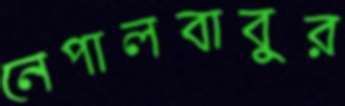
নেপালবাবুর